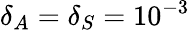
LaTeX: \delta_{A}=\delta_{S}=10^{-3}